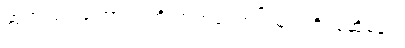
ဆုတ်ယုတ်ကြောင်း တိုးတက်ကြောင်းများကို ပြဆိုခန်း။